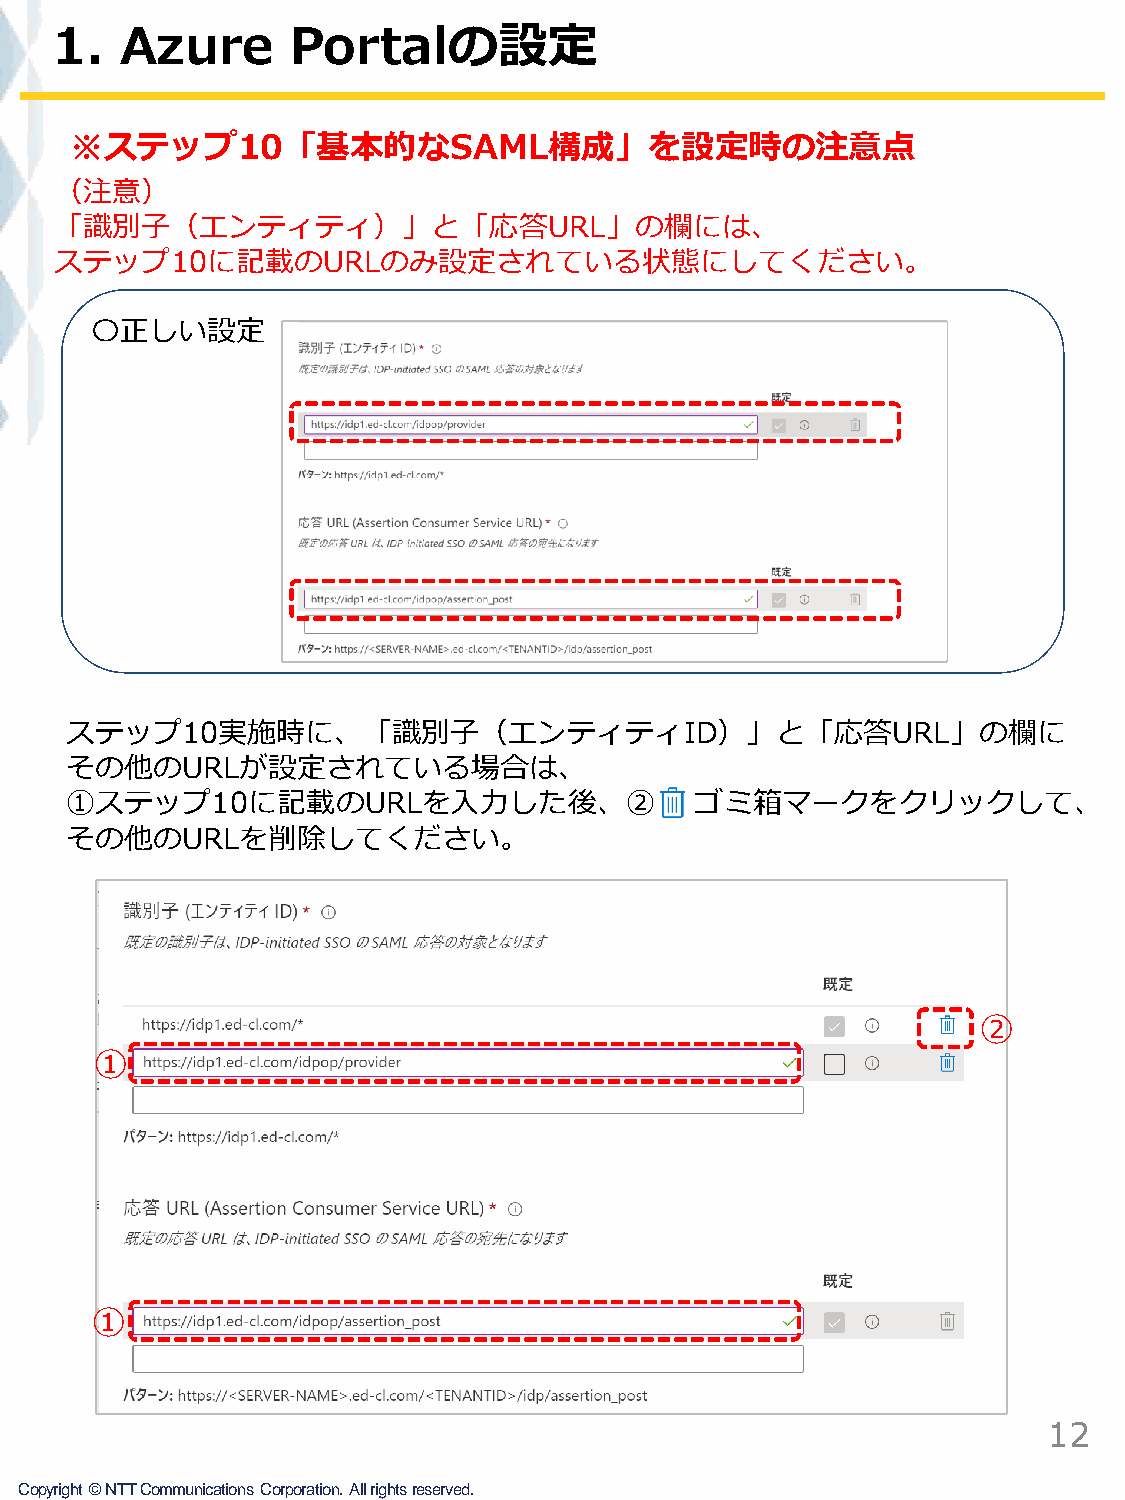
1.   Azure      Portalの設定
 ※ステップ10「基本的なSAML構成」を設定時の注意点
 （注意）
 「識別子（エンティティ）」と「応答URL」の欄には、
 ステップ10に記載のURLのみ設定されている状態にしてください。
 〇正しい設定
 ステップ10実施時に、「識別子（エンティティID）」と「応答URL」の欄に
 その他のURLが設定されている場合は、
 ①ステップ10に記載のURLを入力した後、②                    ゴミ箱マークをクリックして、
 その他のURLを削除してください。
 ②
 ①
 ①
 12
 Copyright©NTTCommunicationsCorporation.Allrightsreserved.